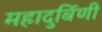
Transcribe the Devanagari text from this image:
महादुर्बिणी